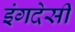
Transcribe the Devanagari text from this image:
इंगदेसी